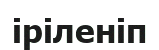
іріленіп